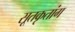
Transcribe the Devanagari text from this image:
सूतकृतांग